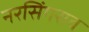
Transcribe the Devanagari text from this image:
नरसिंगराव